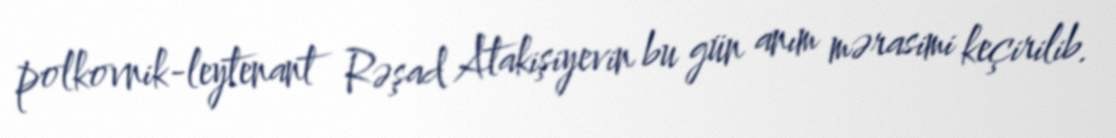
polkovnik-leytenant Rəşad Atakişiyevin bu gün anım mərasimi keçirilib.